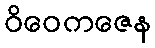
ဝိဝေကဇေန